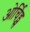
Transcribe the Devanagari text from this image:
ओर्चिड्स